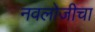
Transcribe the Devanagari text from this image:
नवलोजीचा